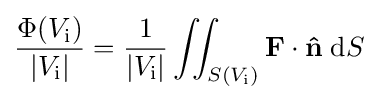
{\frac {\Phi (V_{\text{i}})}{|V_{\text{i}}|}}={\frac {1}{|V_{\text{i}}|}}\iint _{S(V_{\text{i}})}\mathbf {F} \cdot \mathbf {\hat {n}} \;\mathrm {d} S